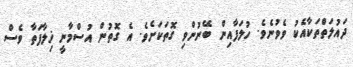
ދައުލަތްތަކާއެކު ވެވުނެވެ. ހުލަފާއިން ބޭނުންވި ގޮތަކަށެވެ. އެ ގޮތުން އުސްމާނީ ޚިލާފަތާ ވެސް